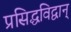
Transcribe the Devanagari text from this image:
प्रसिद्धविद्वान्